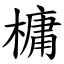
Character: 槦